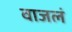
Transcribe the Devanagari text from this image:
वाजलं